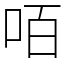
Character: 咟